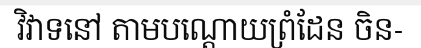
វិវាទនៅ តាមបណ្តោយព្រំដែន ចិន-